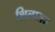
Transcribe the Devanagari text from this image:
शिल्पराज